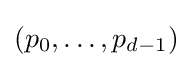
(p_{0},\dots ,p_{d-1})